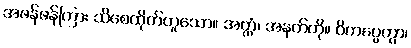
အဖန်ဖန်ကြား သိစေထိုက်ဟူသော။ အတ္ထံ၊ အနက်ကို။ ဝိကပ္ပေတွာ၊